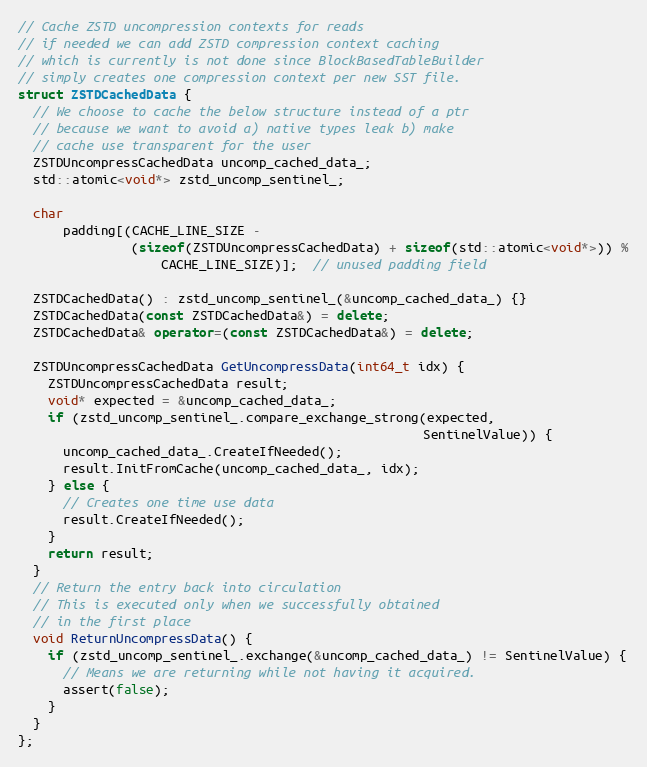
Language: C++
// Cache ZSTD uncompression contexts for reads
// if needed we can add ZSTD compression context caching
// which is currently is not done since BlockBasedTableBuilder
// simply creates one compression context per new SST file.
struct ZSTDCachedData {
  // We choose to cache the below structure instead of a ptr
  // because we want to avoid a) native types leak b) make
  // cache use transparent for the user
  ZSTDUncompressCachedData uncomp_cached_data_;
  std::atomic<void*> zstd_uncomp_sentinel_;

  char
      padding[(CACHE_LINE_SIZE -
               (sizeof(ZSTDUncompressCachedData) + sizeof(std::atomic<void*>)) %
                   CACHE_LINE_SIZE)];  // unused padding field

  ZSTDCachedData() : zstd_uncomp_sentinel_(&uncomp_cached_data_) {}
  ZSTDCachedData(const ZSTDCachedData&) = delete;
  ZSTDCachedData& operator=(const ZSTDCachedData&) = delete;

  ZSTDUncompressCachedData GetUncompressData(int64_t idx) {
    ZSTDUncompressCachedData result;
    void* expected = &uncomp_cached_data_;
    if (zstd_uncomp_sentinel_.compare_exchange_strong(expected,
                                                      SentinelValue)) {
      uncomp_cached_data_.CreateIfNeeded();
      result.InitFromCache(uncomp_cached_data_, idx);
    } else {
      // Creates one time use data
      result.CreateIfNeeded();
    }
    return result;
  }
  // Return the entry back into circulation
  // This is executed only when we successfully obtained
  // in the first place
  void ReturnUncompressData() {
    if (zstd_uncomp_sentinel_.exchange(&uncomp_cached_data_) != SentinelValue) {
      // Means we are returning while not having it acquired.
      assert(false);
    }
  }
};